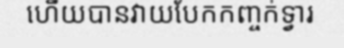
ហើយបានវាយបែកកញ្ចក់ទ្វារ